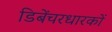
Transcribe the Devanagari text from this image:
डिबेंचरधारकों